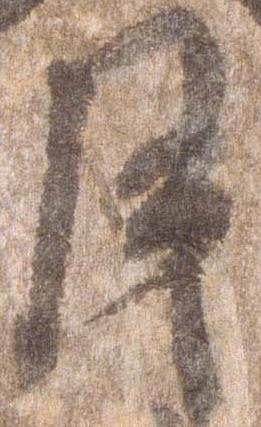
月